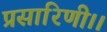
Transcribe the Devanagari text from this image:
प्रसारिणी।।